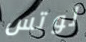
لوتس